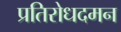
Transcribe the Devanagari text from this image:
प्रतिरोधदमन